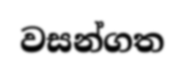
වසන්ගත